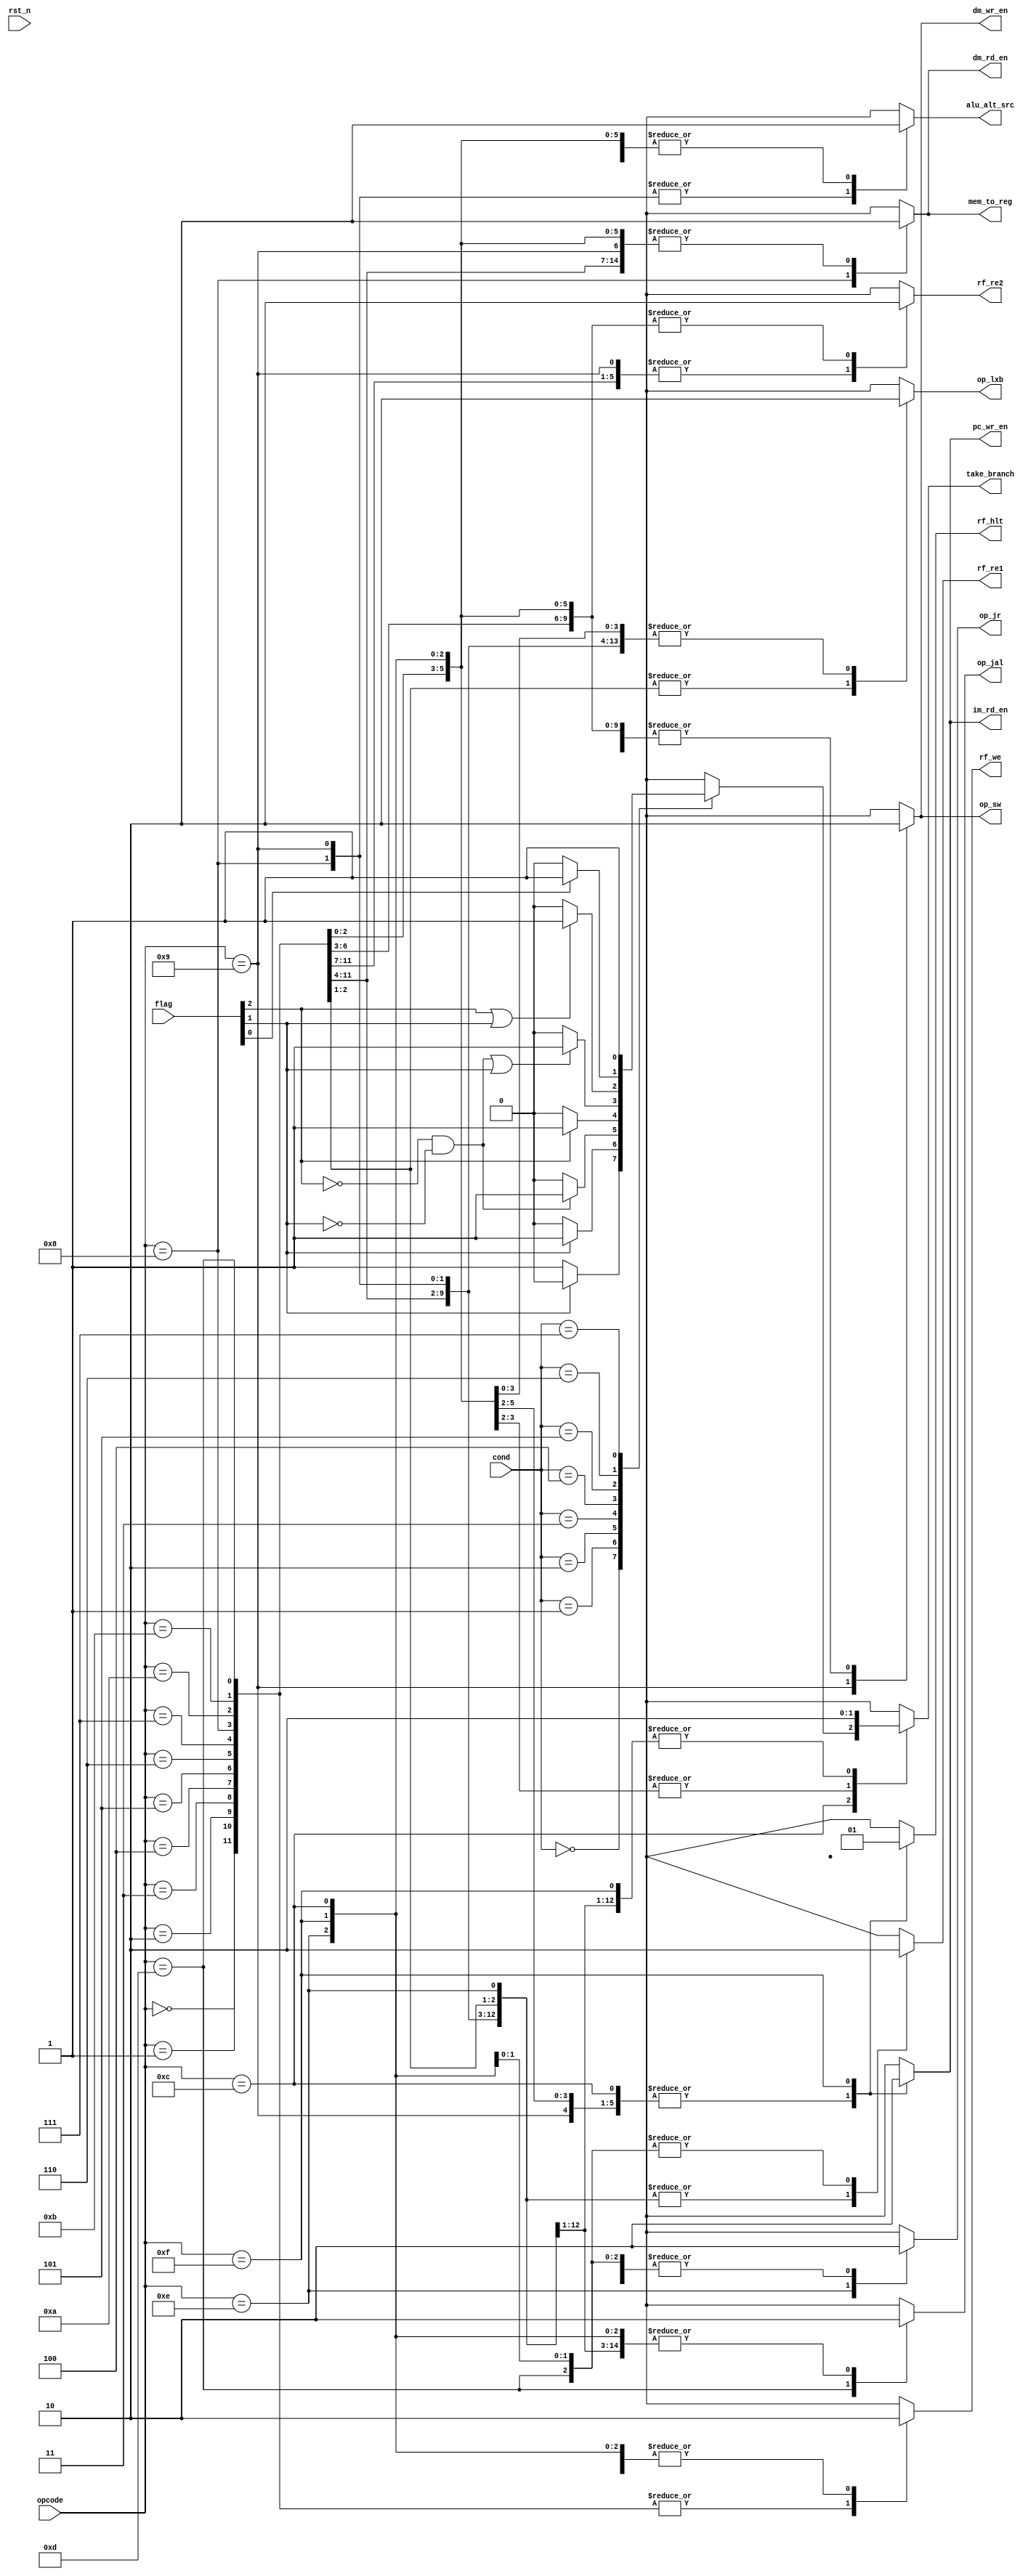
module controller(rst_n, opcode, cond, flag, pc_wr_en, im_rd_en, rf_re1, rf_re2, rf_we, rf_hlt,
                  op_lxb, op_sw, alu_alt_src, dm_rd_en, dm_wr_en, mem_to_reg, op_jal, op_jr, take_branch);
input [3:0] opcode;
input [2:0] cond;
input [2:0] flag;
input rst_n;
//PC signals
output  reg pc_wr_en;
//Instruction memory signals
output reg im_rd_en;
//Register file signals
output reg op_lxb;
output reg op_sw; 
output reg rf_re1; 
output reg rf_re2; 
output reg rf_we; 
output reg rf_hlt;
//ALU control signals
output reg alu_alt_src;
//Data memory control signals
output reg dm_rd_en; 
output reg dm_wr_en; 
output reg mem_to_reg;
//PC update control signals
output reg op_jal; 
output reg op_jr; 
output reg take_branch;
//Parameters for opcode
localparam ADD    = 4'h0;
localparam PADDSB = 4'h1;
localparam SUB    = 4'h2;
localparam AND    = 4'h3;
localparam NOR    = 4'h4;
localparam SLL    = 4'h5;
localparam SRL    = 4'h6;
localparam SRA    = 4'h7;
localparam LW     = 4'h8;
localparam SW     = 4'h9;
localparam LHB    = 4'ha;
localparam LLB    = 4'hb;
localparam BRANCH = 4'hc;
localparam JAL    = 4'hd;
localparam JR     = 4'he;
localparam HLT    = 4'hf;

localparam NE    = 3'b000;
localparam EQ    = 3'b001;
localparam GT    = 3'b010;
localparam LT    = 3'b011;
localparam GTE   = 3'b100;
localparam LTE   = 3'b101;
localparam OVF   = 3'b110;
localparam UNCOND = 3'b111;

//Case statement on every opcode
always @(opcode, rst_n, cond, flag) begin
    im_rd_en = 1'b1;
    pc_wr_en = 1'b1;
    op_lxb = 1'b0; 
    op_sw  = 1'b0;
    rf_re1 = 1'b0;
    rf_re2 = 1'b0;
    rf_we  = 1'b0;
    rf_hlt = 1'b0; 
    alu_alt_src = 1'b0;
    dm_rd_en    = 1'b0;
    dm_wr_en    = 1'b0;
    mem_to_reg  = 1'b0;
    op_jal      = 1'b0; 
    op_jr       = 1'b0; 
    take_branch = 1'b0;
  case (opcode)
    ADD: begin
    im_rd_en = 1'b1;
    pc_wr_en = 1'b1;
    op_lxb = 1'b0; 
    op_sw  = 1'b0;
    rf_re1 = 1'b1;
    rf_re2 = 1'b1;
    rf_we  = 1'b1;
    rf_hlt = 1'b0; 
    alu_alt_src = 1'b0;
    dm_rd_en    = 1'b0;
    dm_wr_en    = 1'b0;
    mem_to_reg  = 1'b0;
    op_jal      = 1'b0; 
    op_jr       = 1'b0; 
    take_branch = 1'b0;
    end
    PADDSB: begin
    im_rd_en = 1'b1;
    pc_wr_en = 1'b1;
    op_lxb = 1'b0; 
    op_sw  = 1'b0;
    rf_re1 = 1'b1;
    rf_re2 = 1'b1;
    rf_we  = 1'b1;
    rf_hlt = 1'b0; 
    alu_alt_src = 1'b0;
    dm_rd_en    = 1'b0;
    dm_wr_en    = 1'b0;
    mem_to_reg  = 1'b0;
    op_jal      = 1'b0; 
    op_jr       = 1'b0; 
    take_branch = 1'b0;
    end
    SUB: begin
    im_rd_en = 1'b1;
    pc_wr_en = 1'b1;
    op_lxb = 1'b0; 
    op_sw  = 1'b0;
    rf_re1 = 1'b1;
    rf_re2 = 1'b1;
    rf_we  = 1'b1;
    rf_hlt = 1'b0; 
    alu_alt_src = 1'b0;
    dm_rd_en    = 1'b0;
    dm_wr_en    = 1'b0;
    mem_to_reg  = 1'b0;
    op_jal      = 1'b0; 
    op_jr       = 1'b0; 
    take_branch = 1'b0;
    end
    AND: begin
    im_rd_en = 1'b1;
    pc_wr_en = 1'b1;
    op_lxb = 1'b0; 
    op_sw  = 1'b0;
    rf_re1 = 1'b1;
    rf_re2 = 1'b1;
    rf_we  = 1'b1;
    rf_hlt = 1'b0; 
    alu_alt_src = 1'b0;
    dm_rd_en    = 1'b0;
    dm_wr_en    = 1'b0;
    mem_to_reg  = 1'b0;
    op_jal      = 1'b0; 
    op_jr       = 1'b0; 
    take_branch = 1'b0;
    end
    NOR: begin
    im_rd_en = 1'b1;
    pc_wr_en = 1'b1;
    op_lxb = 1'b0; 
    op_sw  = 1'b0;
    rf_re1 = 1'b1;
    rf_re2 = 1'b1;
    rf_we  = 1'b1;
    rf_hlt = 1'b0; 
    alu_alt_src = 1'b0;
    dm_rd_en    = 1'b0;
    dm_wr_en    = 1'b0;
    mem_to_reg  = 1'b0;
    op_jal      = 1'b0; 
    op_jr       = 1'b0; 
    take_branch = 1'b0;
    end
    SLL: begin
    im_rd_en = 1'b1;
    pc_wr_en = 1'b1;
    op_lxb = 1'b0; 
    op_sw  = 1'b0;
    rf_re1 = 1'b1;
    rf_re2 = 1'b0;
    rf_we  = 1'b1;
    rf_hlt = 1'b0; 
    alu_alt_src = 1'b0;
    dm_rd_en    = 1'b0;
    dm_wr_en    = 1'b0;
    mem_to_reg  = 1'b0;
    op_jal      = 1'b0; 
    op_jr       = 1'b0; 
    take_branch = 1'b0;
    end
    SRL: begin
    im_rd_en = 1'b1;
    pc_wr_en = 1'b1;
    op_lxb = 1'b0; 
    op_sw  = 1'b0;
    rf_re1 = 1'b1;
    rf_re2 = 1'b0;
    rf_we  = 1'b1;
    rf_hlt = 1'b0; 
    alu_alt_src = 1'b0;
    dm_rd_en    = 1'b0;
    dm_wr_en    = 1'b0;
    mem_to_reg  = 1'b0;
    op_jal      = 1'b0; 
    op_jr       = 1'b0; 
    take_branch = 1'b0;
    end
    SRA: begin
    im_rd_en = 1'b1;
    pc_wr_en = 1'b1;
    op_lxb = 1'b0; 
    op_sw  = 1'b0;
    rf_re1 = 1'b1;
    rf_re2 = 1'b0;
    rf_we  = 1'b1;
    rf_hlt = 1'b0; 
    alu_alt_src = 1'b0;
    dm_rd_en    = 1'b0;
    dm_wr_en    = 1'b0;
    mem_to_reg  = 1'b0;
    op_jal      = 1'b0; 
    op_jr       = 1'b0; 
    take_branch = 1'b0;
    end
    LW: begin
    im_rd_en = 1'b1;
    pc_wr_en = 1'b1;
    op_lxb = 1'b0; 
    op_sw  = 1'b0;
    rf_re1 = 1'b1;
    rf_re2 = 1'b0;
    rf_we  = 1'b1;
    rf_hlt = 1'b0; 
    alu_alt_src = 1'b1;
    dm_rd_en    = 1'b1;
    dm_wr_en    = 1'b0;
    mem_to_reg  = 1'b1;
    op_jal      = 1'b0; 
    op_jr       = 1'b0; 
    take_branch = 1'b0;
    end
    SW: begin
    im_rd_en = 1'b1;
    pc_wr_en = 1'b1;
    op_lxb = 1'b0; 
    op_sw  = 1'b1;
    rf_re1 = 1'b1;
    rf_re2 = 1'b1;
    rf_we  = 1'b0;
    rf_hlt = 1'b0; 
    alu_alt_src = 1'b1;
    dm_rd_en    = 1'b0;
    dm_wr_en    = 1'b1;
    mem_to_reg  = 1'b0;
    op_jal      = 1'b0; 
    op_jr       = 1'b0; 
    take_branch = 1'b0;
    end
    LHB: begin
    im_rd_en = 1'b1;
    pc_wr_en = 1'b1;
    op_lxb = 1'b1; 
    op_sw  = 1'b0;
    rf_re1 = 1'b1;
    rf_re2 = 1'b0;
    rf_we  = 1'b1;
    rf_hlt = 1'b0; 
    alu_alt_src = 1'b0;
    dm_rd_en    = 1'b0;
    dm_wr_en    = 1'b0;
    mem_to_reg  = 1'b0;
    op_jal      = 1'b0; 
    op_jr       = 1'b0; 
    take_branch = 1'b0;
    end
    LLB: begin
    im_rd_en = 1'b1;
    pc_wr_en = 1'b1;
    op_lxb = 1'b1; 
    op_sw  = 1'b0;
    rf_re1 = 1'b1;
    rf_re2 = 1'b0;
    rf_we  = 1'b1;
    rf_hlt = 1'b0; 
    alu_alt_src = 1'b0;
    dm_rd_en    = 1'b0;
    dm_wr_en    = 1'b0;
    mem_to_reg  = 1'b0;
    op_jal      = 1'b0; 
    op_jr       = 1'b0; 
    take_branch = 1'b0;
    end
    BRANCH: begin
    im_rd_en = 1'b1;
    pc_wr_en = 1'b1;
    op_lxb = 1'b0; 
    op_sw  = 1'b0;
    rf_re1 = 1'b0;
    rf_re2 = 1'b0;
    rf_we  = 1'b0;
    rf_hlt = 1'b0; 
    alu_alt_src = 1'b0;
    dm_rd_en    = 1'b0;
    dm_wr_en    = 1'b0;
    mem_to_reg  = 1'b0;
    op_jal      = 1'b0; 
    op_jr       = 1'b0; 
    case(cond) // flag[2]=n, flag[1]=z, flag[0]=v, 
      NE: 
      begin //not equal z=0
        if (flag[1] == 1'b0) begin
          take_branch = 1'b1;
        end
        else begin
          take_branch = 1'b0;
        end
      end
      EQ: 
      begin //equal z=1
        if (flag[1] == 1'b1) begin
          take_branch = 1'b1;
        end
        else begin
          take_branch = 1'b0;
        end
      end
      GT: 
      begin // greater than n=z=0
        if (flag[2] == 1'b0 && flag[1] == 1'b0) begin
          take_branch = 1'b1;
        end
        else begin
          take_branch = 1'b0;
        end
      end
      LT: 
      begin // less than n=1
        if (flag[2] == 1'b1) begin
          take_branch = 1'b1;
        end
        else begin
          take_branch = 1'b0;
        end
      end
      GTE: 
      begin // greater than or equal n=z=0 or z=1  
        if ((flag[2] == 1'b0 && flag[1] == 1'b0) || flag[1] == 1'b1) begin
          take_branch = 1'b1;
        end
        else begin
          take_branch = 1'b0;
        end
      end
      LTE: 
      begin // less than or equal n=1 or z=1
        if (flag[2] == 1'b1 || flag[1] == 1'b1) begin
          take_branch = 1'b1;
        end
        else begin
          take_branch = 1'b0;
        end
      end
      OVF: 
      begin // overflow v=1
        if (flag[0] == 1'b1) begin
          take_branch = 1'b1;
        end
        else begin
          take_branch = 1'b0;
        end
      end
      UNCOND:
      begin //unconditional
        take_branch = 1'b1;
      end
      default: 
      begin
        take_branch = 1'b0;
      end
    endcase 
    end
    JAL: begin
    im_rd_en = 1'b1;
    pc_wr_en = 1'b1;
    op_lxb = 1'b0; 
    op_sw  = 1'b0;
    rf_re1 = 1'b0;
    rf_re2 = 1'b0;
    rf_we  = 1'b1;
    rf_hlt = 1'b0; 
    alu_alt_src = 1'b0;
    dm_rd_en    = 1'b0;
    dm_wr_en    = 1'b0;
    mem_to_reg  = 1'b0;
    op_jal      = 1'b1; 
    op_jr       = 1'b0; 
    take_branch = 1'b1;
    end
    JR: begin
    im_rd_en = 1'b1;
    pc_wr_en = 1'b1;
    op_lxb = 1'b0; 
    op_sw  = 1'b0;
    rf_re1 = 1'b1;
    rf_re2 = 1'b0;
    rf_we  = 1'b0;
    rf_hlt = 1'b0; 
    alu_alt_src = 1'b0;
    dm_rd_en    = 1'b0;
    dm_wr_en    = 1'b0;
    mem_to_reg  = 1'b0;
    op_jal      = 1'b0; 
    op_jr       = 1'b1; 
    take_branch = 1'b1;
    end
    HLT: begin
    im_rd_en = 1'b0;
    pc_wr_en = 1'b0;
    op_lxb = 1'b0; 
    op_sw  = 1'b0;
    rf_re1 = 1'b0;
    rf_re2 = 1'b0;
    rf_we  = 1'b0;
    rf_hlt = 1'b1; 
    alu_alt_src = 1'b0;
    dm_rd_en    = 1'b0;
    dm_wr_en    = 1'b0;
    mem_to_reg  = 1'b0;
    op_jal      = 1'b0; 
    op_jr       = 1'b0; 
    take_branch = 1'b0;
    end
    default: begin
    im_rd_en = 1'b1;
    pc_wr_en = 1'b1;
    op_lxb = 1'b0; 
    op_sw  = 1'b0;
    rf_re1 = 1'b0;
    rf_re2 = 1'b0;
    rf_we  = 1'b0;
    rf_hlt = 1'b0; 
    alu_alt_src = 1'b0;
    dm_rd_en    = 1'b0;
    dm_wr_en    = 1'b0;
    mem_to_reg  = 1'b0;
    op_jal      = 1'b0; 
    op_jr       = 1'b0; 
    take_branch = 1'b0;
    end
  endcase
end
endmodule